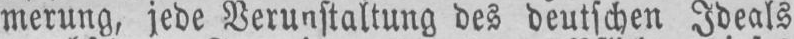
merung, jede Verunstaltung des deutschen Ideals